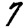
Digit: 7